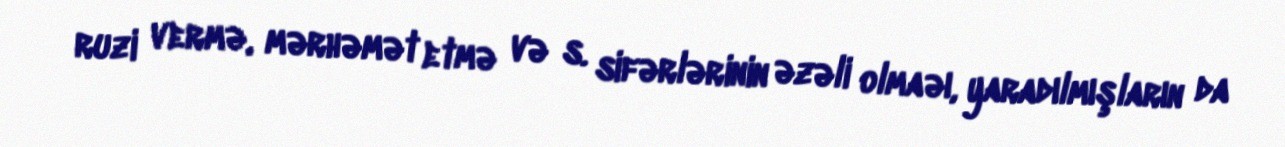
ruzi vermə, mərhəmət etmə və s. sifərlərinin əzəli olmaəı, yaradılmışların da